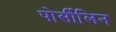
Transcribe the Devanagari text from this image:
पोर्सीलिन